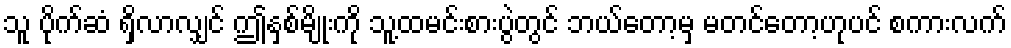
သူ ပိုက်ဆံ ရှိလာလျှင် ဤနှစ်မျိုးကို သူ့ထမင်းစားပွဲတွင် ဘယ်တော့မှ မတင်တော့ဟုပင် စကားလက်